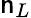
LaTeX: \mathsf{n}_{L}